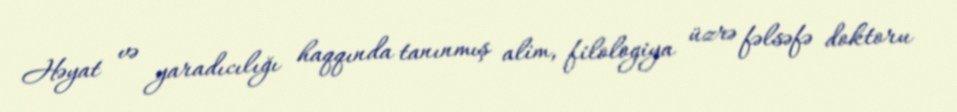
Həyat və yaradıcılığı haqqında tanınmış alim, filologiya üzrə fəlsəfə doktoru